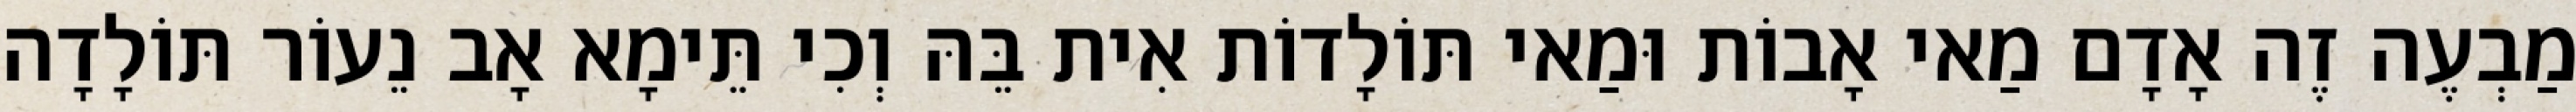
מַבְעֶה זֶה אָדָם מַאי אָבוֹת וּמַאי תּוֹלָדוֹת אִית בֵּהּ וְכִי תֵּימָא אָב נֵעוֹר תּוֹלָדָה